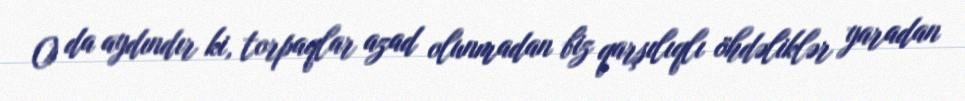
O da aydındır ki, torpaqlar azad olunmadan biz qarşılıqlı öhdəliklər yaradan